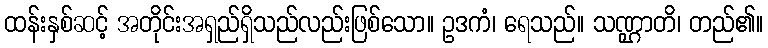
ထန်းနှစ်ဆင့် အတိုင်းအရှည်ရှိသည်လည်းဖြစ်သော။ ဥဒကံ၊ ရေသည်။ သဏ္ဌာတိ၊ တည်၏။